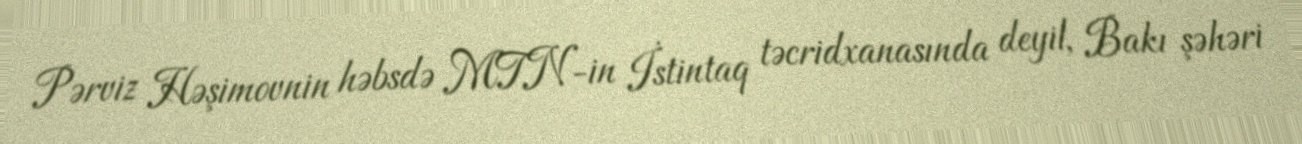
Pərviz Həşimovnin həbsdə MTN-in İstintaq təcridxanasında deyil, Bakı şəhəri